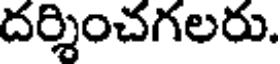
దర్శించగలరు.